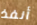
أنفذ